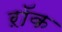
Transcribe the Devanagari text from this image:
ऱॉक